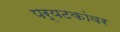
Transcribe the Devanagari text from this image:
पर्यटकांवर